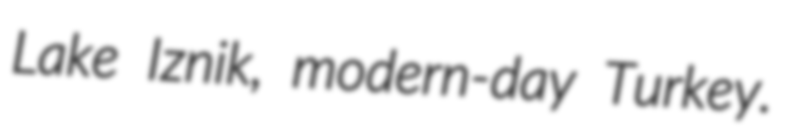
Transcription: Lake Iznik, modern-day Turkey.